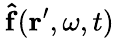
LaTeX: \mathbf{\, \hat{f}}(\mathbf{r}^{\prime},\omega,t)